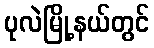
ပုလဲမြို့နယ်တွင်